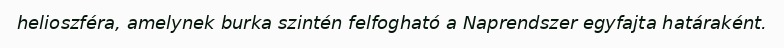
helioszféra, amelynek burka szintén felfogható a Naprendszer egyfajta határaként.